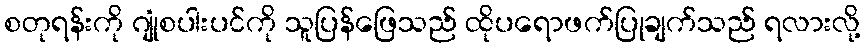
စတုရန်းကို ဂျုံစပါးပင်ကို သူပြန်ဖြေသည် ထိုပရောဖက်ပြုချက်သည် ရလားလို့